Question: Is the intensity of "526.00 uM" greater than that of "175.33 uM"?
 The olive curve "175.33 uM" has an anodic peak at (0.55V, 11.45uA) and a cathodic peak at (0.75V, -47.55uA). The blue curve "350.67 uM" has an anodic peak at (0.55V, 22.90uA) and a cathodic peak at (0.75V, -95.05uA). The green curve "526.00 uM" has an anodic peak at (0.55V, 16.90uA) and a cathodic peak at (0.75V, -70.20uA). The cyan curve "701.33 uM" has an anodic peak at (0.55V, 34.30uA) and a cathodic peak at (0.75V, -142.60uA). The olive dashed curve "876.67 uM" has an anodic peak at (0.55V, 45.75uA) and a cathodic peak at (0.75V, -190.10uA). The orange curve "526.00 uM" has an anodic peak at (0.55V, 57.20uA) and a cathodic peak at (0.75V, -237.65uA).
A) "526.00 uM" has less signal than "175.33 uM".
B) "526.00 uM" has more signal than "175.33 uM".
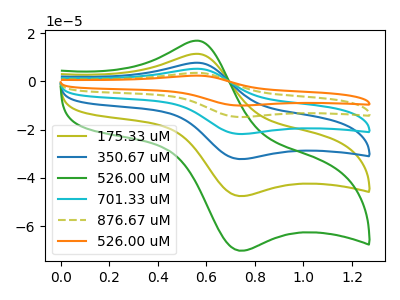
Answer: <think>All the peaks in "526.00 uM" have a peak in "175.33 uM" at the same potential. Every peak in "526.00 uM" is higher than every peak in "175.33 uM".
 </think>
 <answer>B) "526.00 uM" has more signal than "175.33 uM".</answer>
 <eval>B</eval>